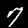
Digit: 7